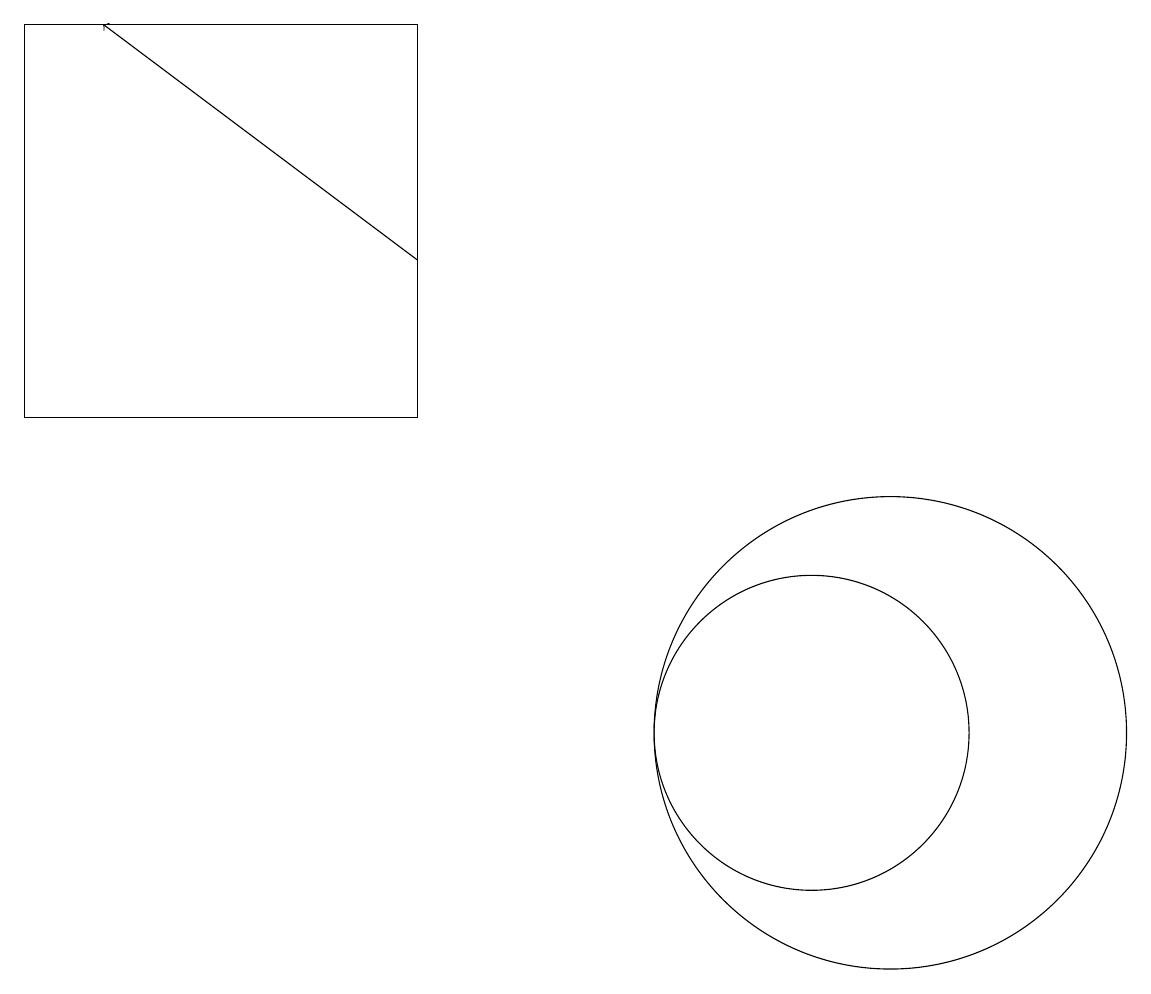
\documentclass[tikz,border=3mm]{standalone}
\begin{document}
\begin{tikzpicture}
\draw[->] (6,16) -- (2,19);
\draw (11,10) circle (2);
\draw (12,10) circle (3);
\draw (1,19) rectangle (6,14);
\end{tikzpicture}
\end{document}